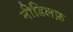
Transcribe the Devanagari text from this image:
नीडिलफ़